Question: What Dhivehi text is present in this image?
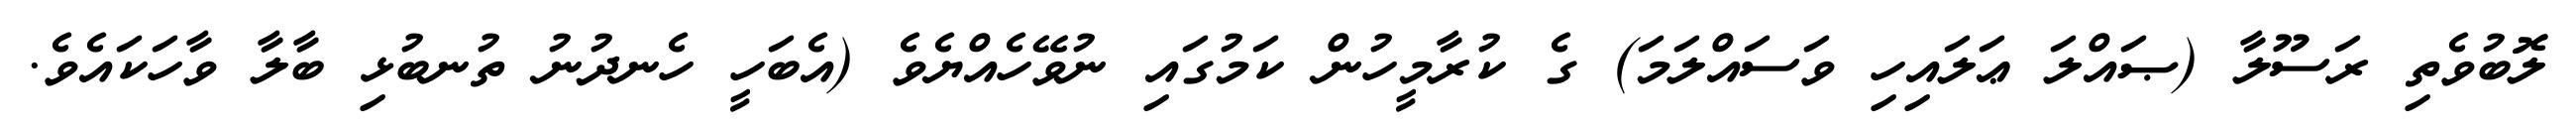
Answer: ލޮބުވެތި ރަސޫލާ (ޞައްލަ ޢަލައިހި ވަސައްލަމަ) ގެ ކުރާމީހުން ކަމުގައި ނުވޭހެއްޔެވެ (އެބަހީ ހެނދުނު ތުނބުޅި ބާލާ ވާހަކައެވެ.